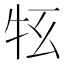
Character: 𤘳